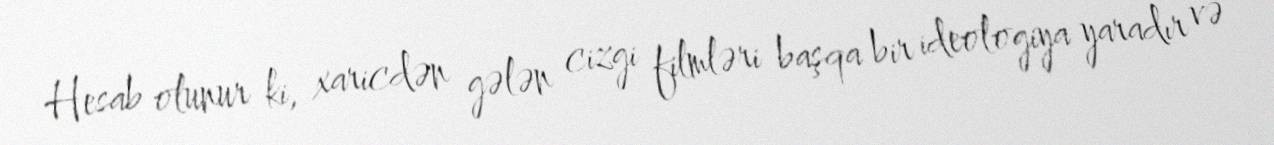
Hesab olunur ki, xaricdən gələn cizgi filmləri başqa bir ideologiya yaradır və